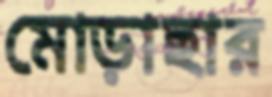
মোড়াছার